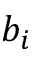
b _ { i }